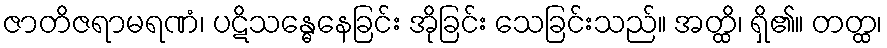
ဇာတိဇရာမရဏံ၊ ပဋိသန္ဓေနေခြင်း အိုခြင်း သေခြင်းသည်။ အတ္ထိ၊ ရှိ၏။ တတ္ထ၊